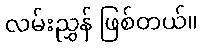
လမ်းညွှန် ဖြစ်တယ်။